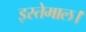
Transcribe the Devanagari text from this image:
इस्तेमाल।